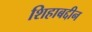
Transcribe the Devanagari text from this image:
शिहाबद्दीन